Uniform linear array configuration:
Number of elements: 24
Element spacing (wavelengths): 0.25
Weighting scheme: blackman
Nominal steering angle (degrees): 15
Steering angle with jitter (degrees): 16.454
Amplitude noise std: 0.05
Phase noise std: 0.05

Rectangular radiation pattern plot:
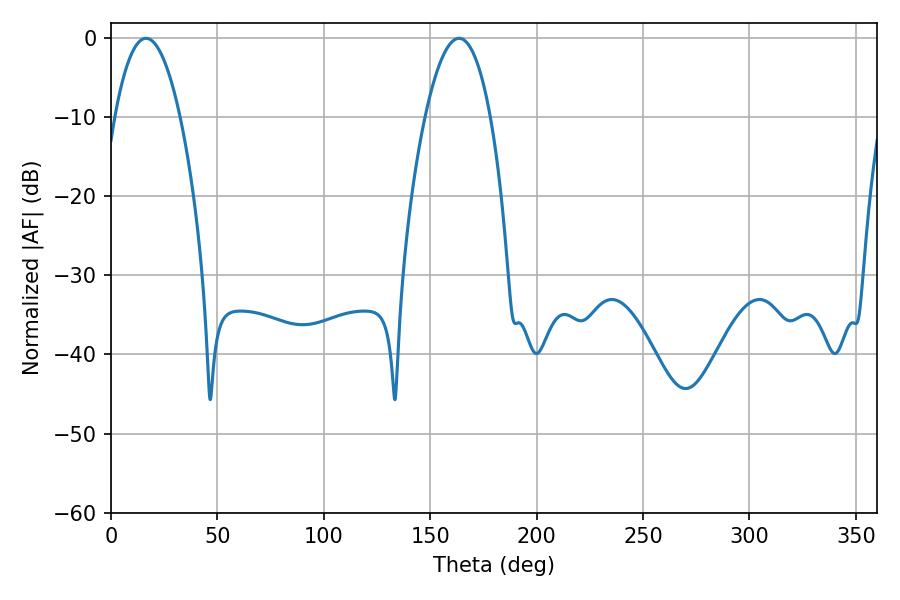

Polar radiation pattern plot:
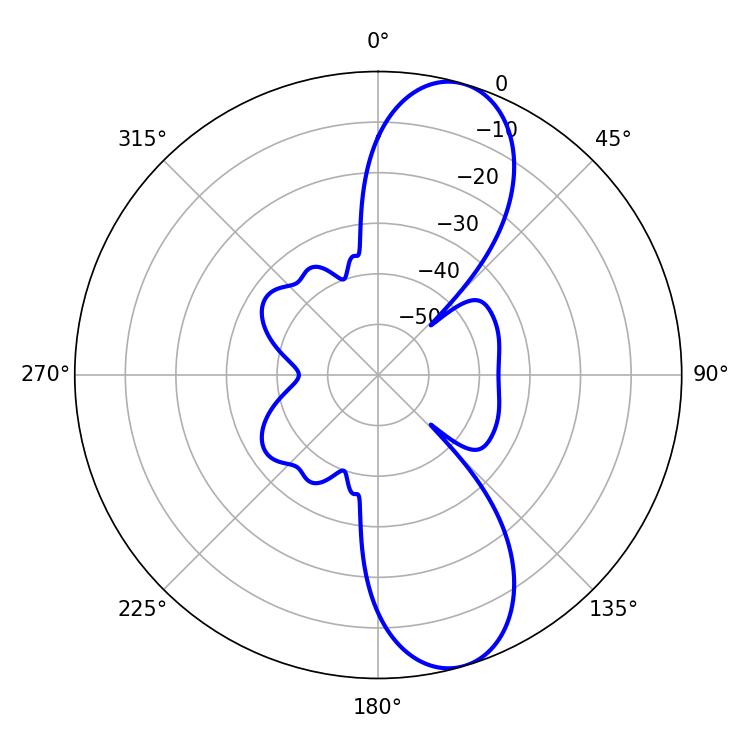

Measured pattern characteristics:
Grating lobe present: FALSE
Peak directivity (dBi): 10.411
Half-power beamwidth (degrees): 17.1
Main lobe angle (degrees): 16.38